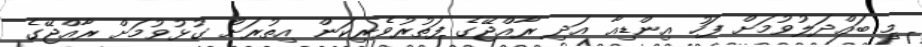
މި ބައްދަލުވުމަށް ފަހު އިންޑިއާ އަދި ރާއްޖޭގެ ފަތުރުވެރިކަން އިތުރަށް ގުޅުވުމަށް ރާއްޖޭގެ